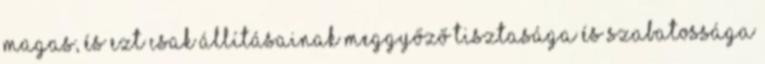
magas, és ezt csak állításainak meggyőző tisztasága és szabatossága